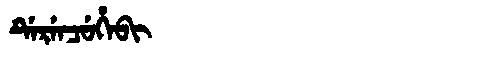
Manchu: ᡩᡝᡵᡝᠨᠴᡠᡥᡝᠪᡳ
Romanization: DERENCUHEBI